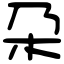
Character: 朶